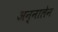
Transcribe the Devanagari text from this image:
अन्नालेन